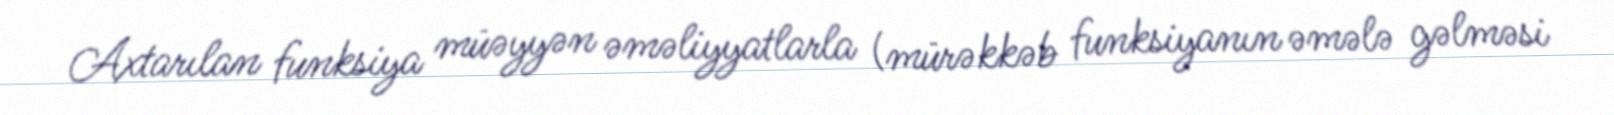
Axtarılan funksiya müəyyən əməliyyatlarla (mürəkkəb funksiyanın əmələ gəlməsi